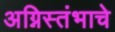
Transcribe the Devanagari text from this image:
अग्निस्तंभाचे